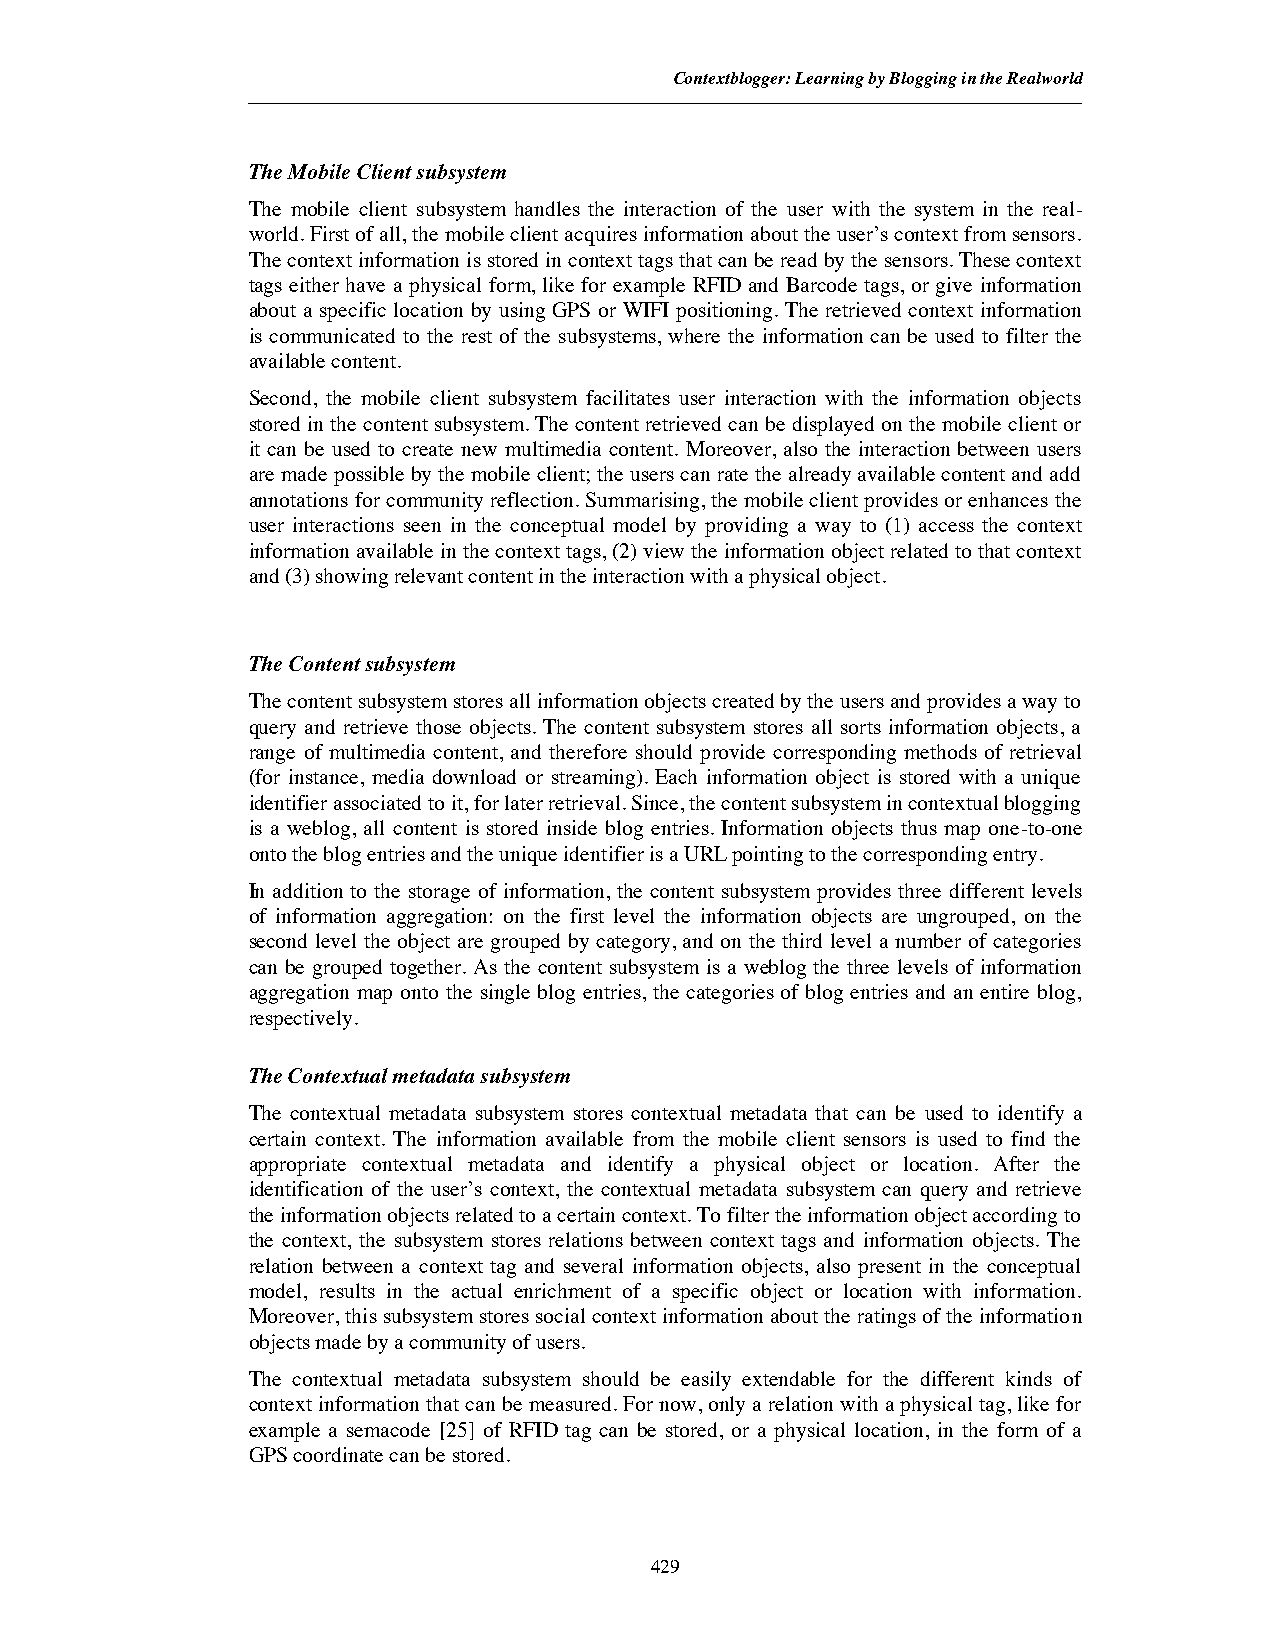
Contextblogger: Learning by Blogging in the Realworld
 The Mobile Client subsystem
 The mobile client subsystem handles the interaction of the user with the system in the real-
 world.First of all, the mobile client acquires information about the user’s context from sensors.
 The context information is stored in context tags that can be read by the sensors. These context
 tags either have a physical form, like for example RFID and Barcode tags, or give information
 about a specific location by using GPS or WIFI positioning. The retrieved context information
 is communicated to the rest of the subsystems, where the information can be used to filter the
 available content.
 Second, the mobile client subsystem facilitates user interaction with the information objects
 stored in the content subsystem. The content retrieved can be displayed on the mobile client or
 it can be used to create new multimedia content. Moreover, also the interaction between users
 are made possible by the mobile client; the users can rate the already available content and add
 annotations for community reflection. Summarising, the mobile client provides or enhances the
 user interactions seen in the conceptual model by providing a way to (1) access the context
 information available in the context tags, (2) view the information object related to that context
 and (3) showing relevant content in the interaction with a physical object.
 The Content subsystem
 The content subsystem stores all information objects created by the users and provides a way to
 query and retrieve those objects. The content subsystem stores all sorts information objects, a
 range of multimedia content, and therefore should provide corresponding methods of retrieval
 (for instance, media download or streaming). Each information object is stored with a unique
 identifier associated to it, for later retrieval. Since, the content subsystem in contextual blogging
 is a weblog, all content is stored inside blog entries. Information objects thus map one-to-one
 onto the blog entries and the unique identifier is a URL pointing to the corresponding entry.
 In addition to the storage of information, the content subsystem provides three different levels
 of information aggregation: on the first level the information objects are ungrouped, on the
 second level the object are grouped by category, and on the third level a number of categories
 can be grouped together. As the content subsystem is a weblog the three levels of information
 aggregation map onto the single blog entries, the categories of blog entries and an entire blog,
 respectively.
 The Contextual metadata subsystem
 The contextual metadata subsystem stores contextual metadata that can be used to identify a
 certain context. The information available from the mobile client sensors is used to find the
 appropriate contextual metadata and identify a physical object or location. After the
 identification of the user’s context, the contextual metadata subsystem can query and retrieve
 the information objects related to a certain context. To filter the information object according to
 the context, the subsystem stores relations between context tags and information objects. The
 relation between a context tag and several information objects, also present in the conceptual
 model, results in the actual enrichment of a specific object or location with information.
 Moreover, this subsystem stores social context information about the ratings of the information
 objects made by a community of users.
 The contextual metadata subsystem should be easily extendable for the different kinds of
 context information that can be measured. For now, only a relation with a physical tag, like for
 example a semacode [25] of RFID tag can be stored, or a physical location, in the form of a
 GPS coordinate can be stored.
 429